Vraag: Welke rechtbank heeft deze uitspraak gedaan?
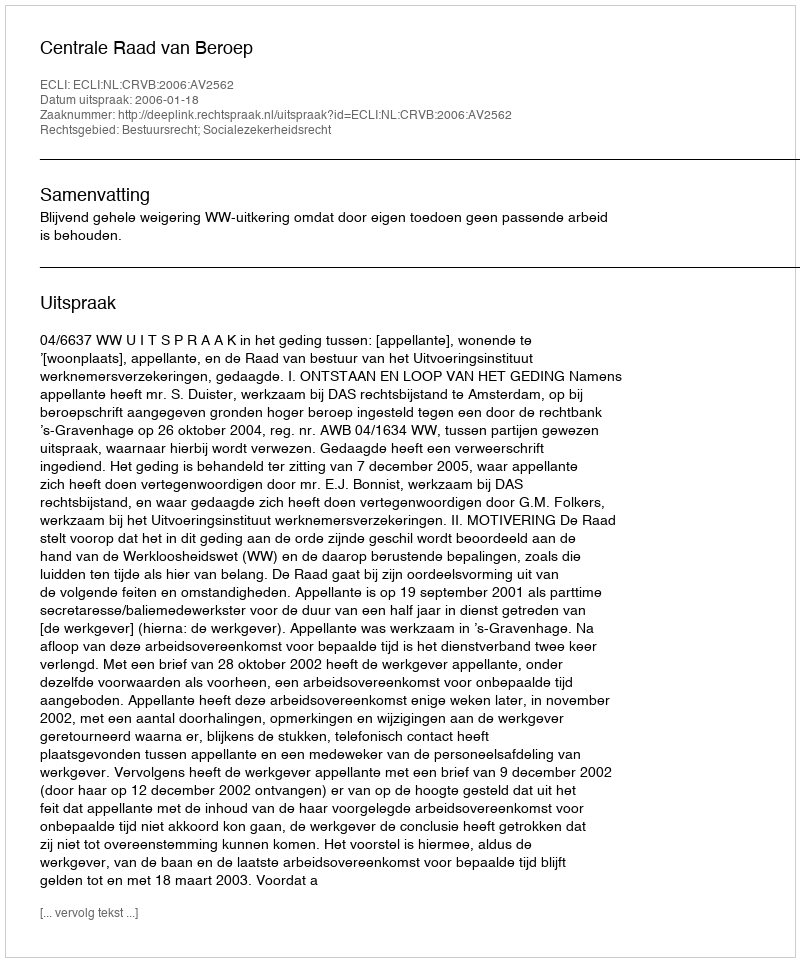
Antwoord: Centrale Raad van Beroep